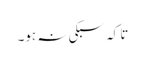
تا کہ سبکی نہ ہو۔